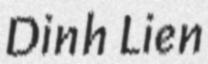
Dinh Lien